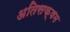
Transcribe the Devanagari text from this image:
अतिसक्षम